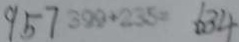
9 5 7 3 9 9 + 2 3 5 = 6 3 4